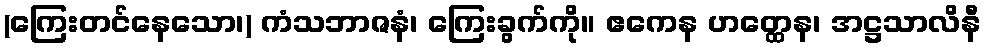
(ကြေးတင်နေသော၊) ကံသဘာဇနံ၊ ကြေးခွက်ကို။ ဧကေန ဟတ္ထေန၊ အဋ္ဌသာလိနီ